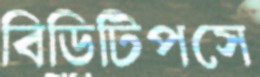
বিডিটিপসে